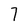
Character: 7